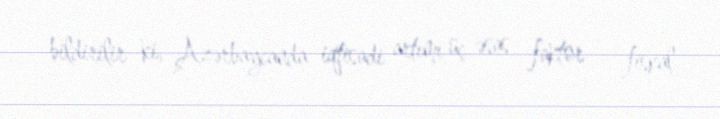
bildirilir ki, Azərbaycanda iqtisadi artımı üç əsas faktor - fiskal